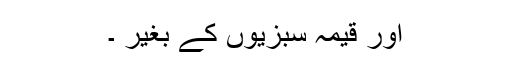
اور قیمہ سبزیوں کے بغیر ۔